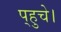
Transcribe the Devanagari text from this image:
प्‌हुचे।